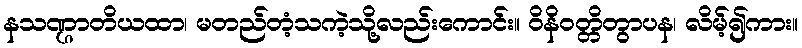
နသဏ္ဌာတိယထာ၊ မတည်တံ့သကဲ့သို့လည်းကောင်း။ ဝိနိဝတ္တိတွာပန၊ လိမ့်၍ကား။